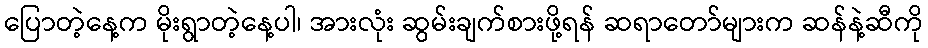
ပြောတဲ့နေ့က မိုးရွာတဲ့နေ့ပါ၊ အားလုံး ဆွမ်းချက်စားဖို့ရန် ဆရာတော်များက ဆန်နဲ့ဆီကို